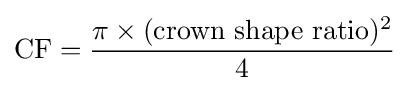
{\text{CF}}={\frac {\pi \times ({\text{crown shape ratio}})^{2}}{4}}